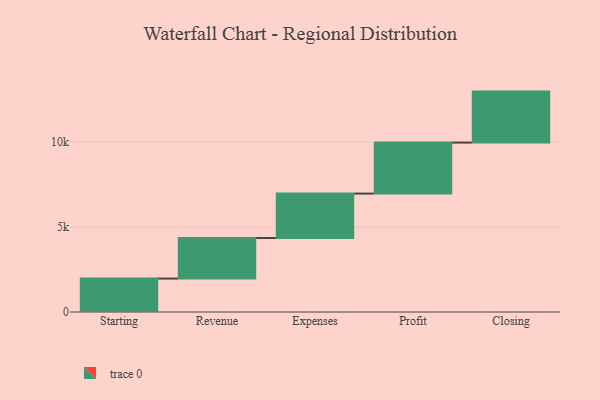
{"axis": {"x": "Step", "y": "Value"}, "legend": [""], "data": [{"x": "Starting", "y": 1968.0, "type": ""}, {"x": "Revenue", "y": 2384.0, "type": ""}, {"x": "Expenses", "y": 2616.0, "type": ""}, {"x": "Profit", "y": 3000, "type": ""}, {"x": "Closing", "y": 3000, "type": ""}]}